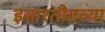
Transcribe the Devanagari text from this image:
इमारतीतल्या